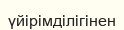
үйірімділігінен